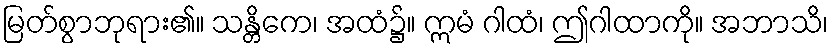
မြတ်စွာဘုရား၏။ သန္တိကေ၊ အထံ၌။ ဣမံ ဂါထံ၊ ဤဂါထာကို။ အဘာသိ၊